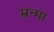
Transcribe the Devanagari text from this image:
म्रन्मा